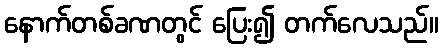
နောက်တစ်ခဏတွင် ပြေး၍ တက်လေသည်။